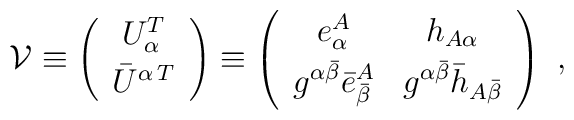
{\cal V}\equiv\left( \begin{array}{c} U_\alpha ^T \\[1mm] \bar U^{\alpha\,T}  \end{array}\right) \equiv\left( \begin{array}{cc}e_\alpha^A &h_{A\alpha}\\[1mm] g^{\alpha \bar\beta}\bar e^A_{\bar \beta} &g^{\alpha \bar\beta}\bar h_{A\bar \beta}\end{array}\right) \ ,